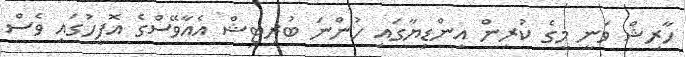
ހާރިޝް ވަނީ މީގެ ކުރިން އިންޑިޔާގައި ހުންނަ ބުރިޓިޝް އެއާވޭސްގެ އޮފީހުގައި ވެސް